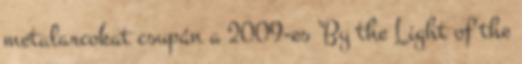
metalarcokat csupán a 2009-es ’By the Light of the